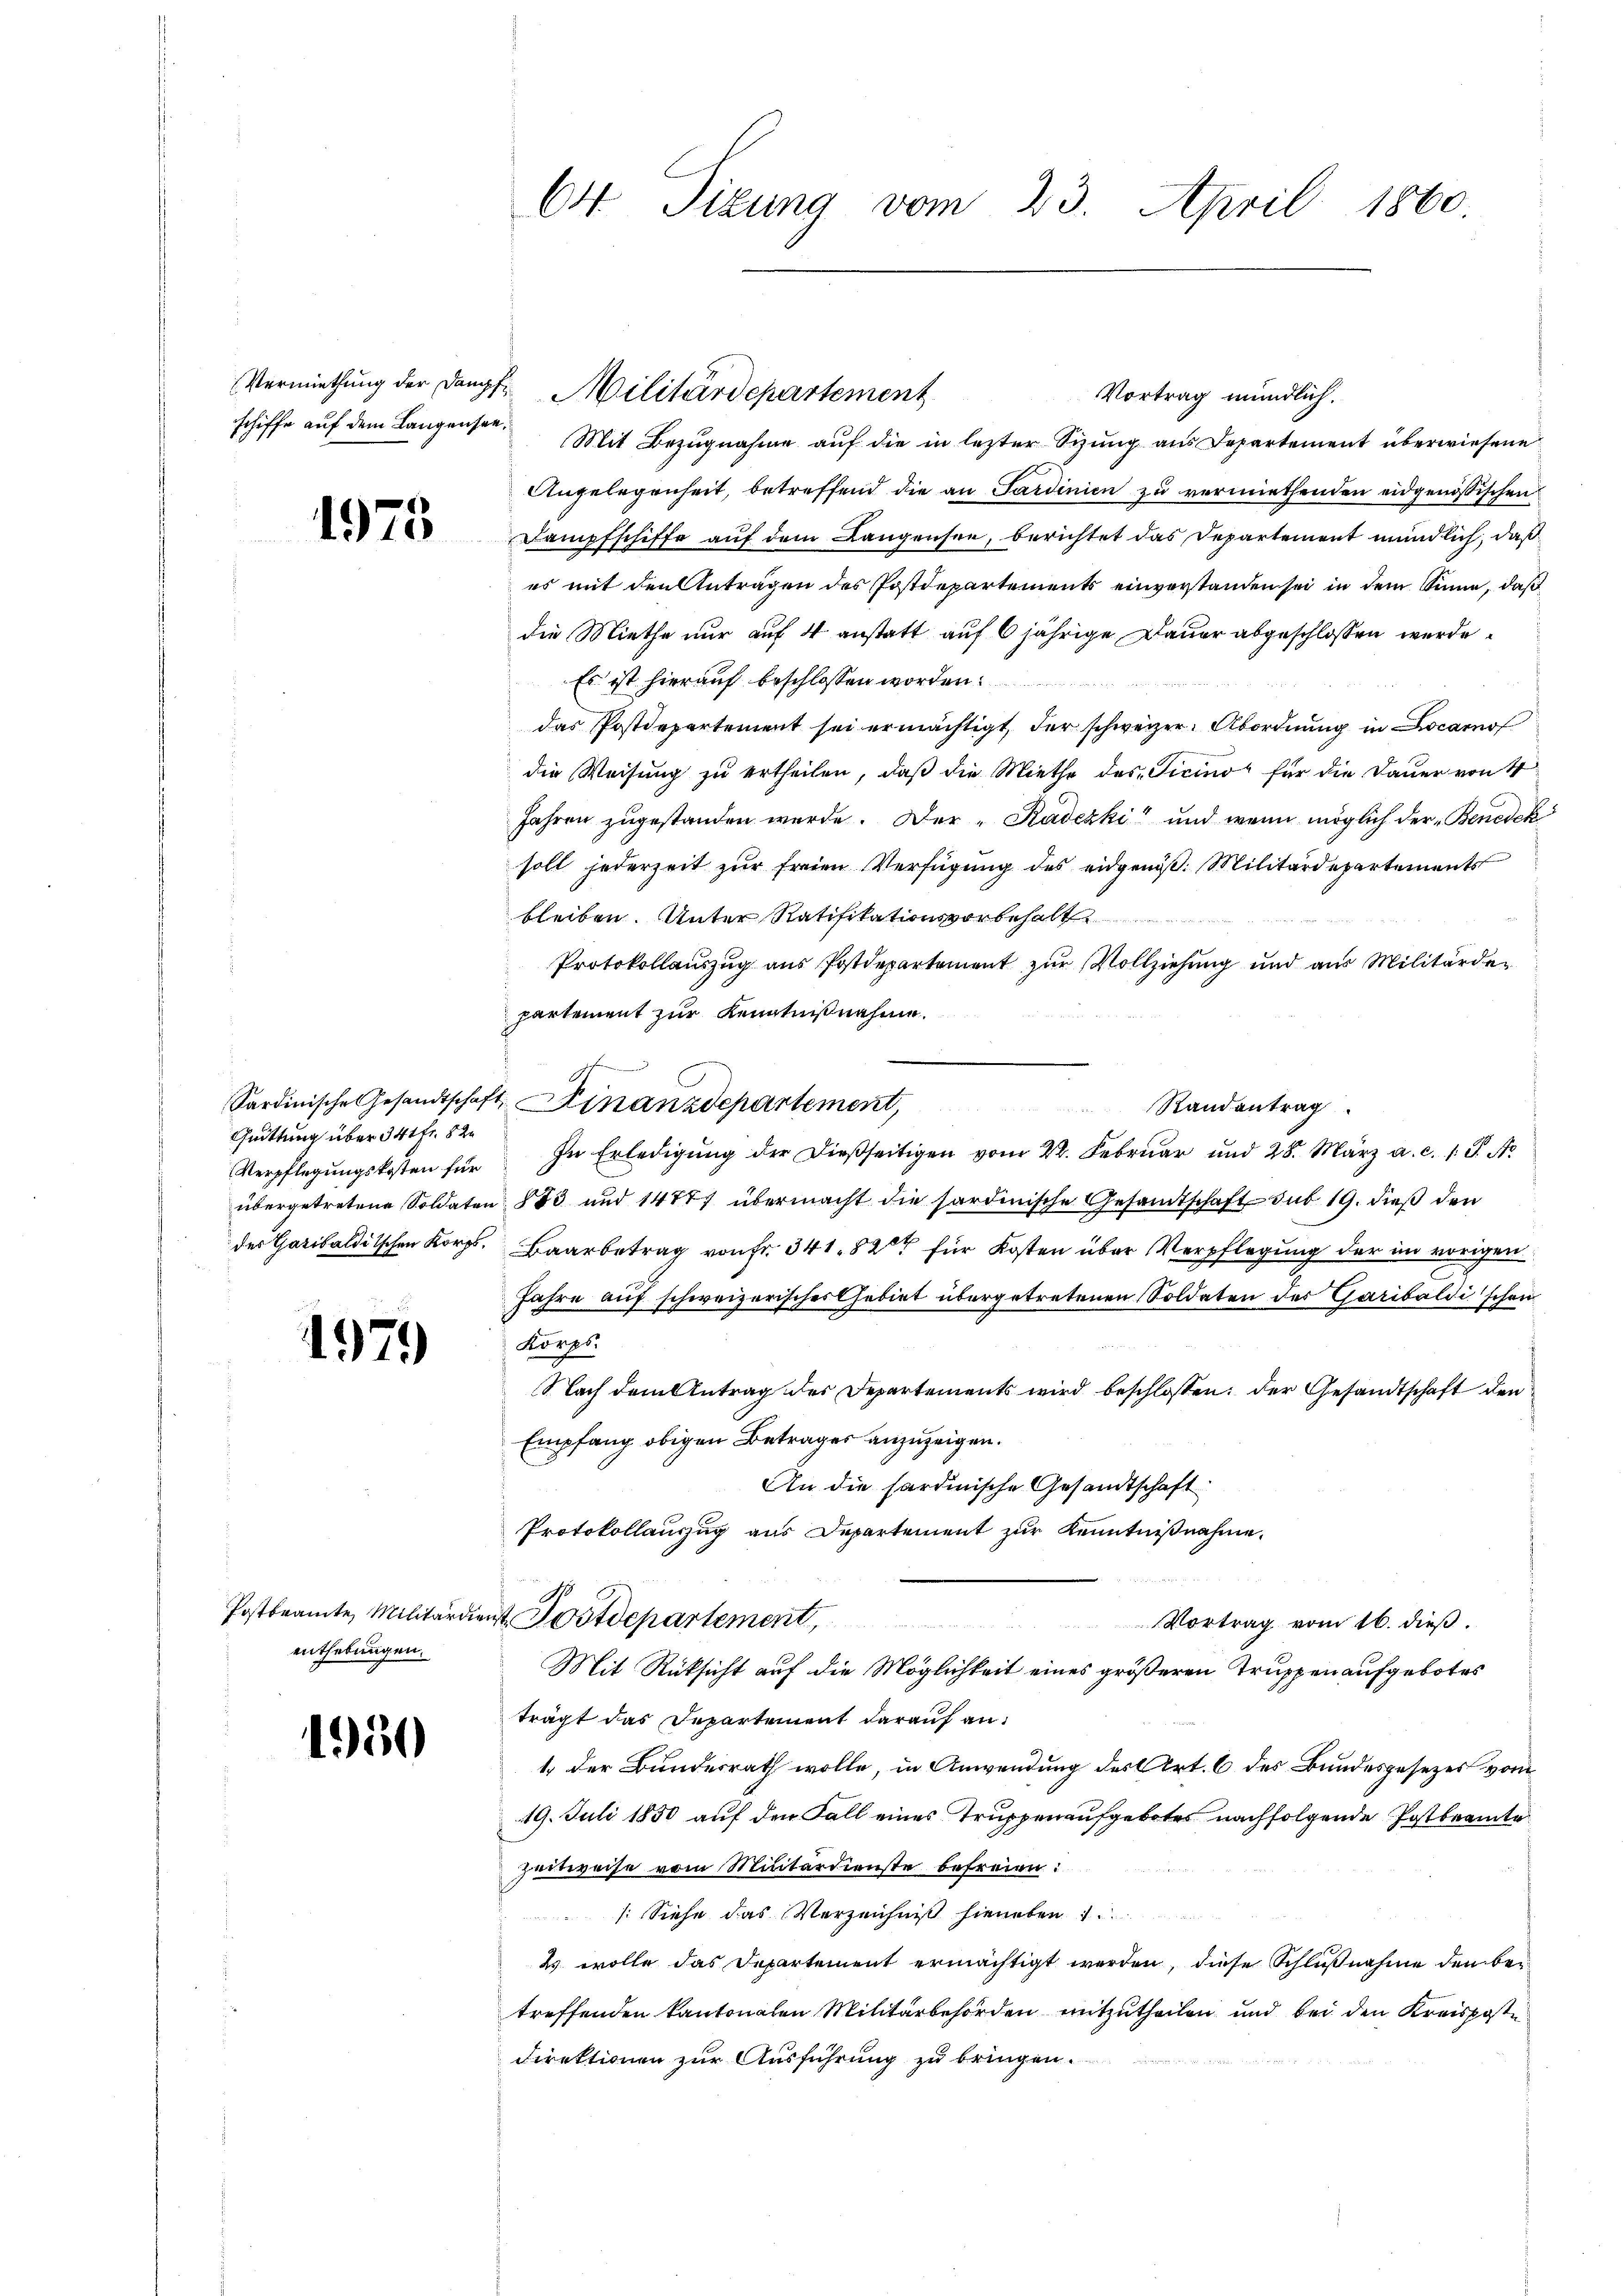
1975

Quittung über 341 fr. 82
Verpflegungskosten für
des Garibalditschen Korps,

4979

Postbeamte Militärdien
enthebungen.

1950

O4 Tizung vom 23. April 1860.

Vortrag mündlich.
schiffe auf dem Langensee. Mit Bezugnahme auf die in lezter Sizung aus Departement überwiesene
Angelegenheit, betreffend die an Sardinien zu vermiethenden eidgenössischen
Dampfschiffe auf dem Langensee, berichtet das Departement mündlich, daß
es mit den Anträgen des Postdepartements einverstanden sei in dem Sinne, daß
die Miethe nur auf 4 anstatt auf 6 jährige Dauer abgeschlossen werde
Es ist hierauf beschlossen worden
das Postdepartement sei ermächtigt, der schweizer Abordnung in Locarno
die Weisung zu ertheilen, daß die Miethe des Ticino“ für die Dauer von 4
Jahren zugestanden werde. Der "Radezki“ und wenn möglich der Benedek
soll jederzeit zur freien Verfügung des eidgenöß. Militärdepartements
bleiben. Unter Ratifikationsvorbehalt
Protokollauszug aus Postdepartement zur Vollziehung und aus Militärdepartement zur Kenntnißnahme.
Sardinische Gesandtschaft Finanzdepartement,

Randantrag
In Erledigung der dießseitigen vom 22. Februar und 28. März a. c. 1 S. A
übergetretene Soldaten § 43 und 14777 übermacht die sardinische Gesandtschaft sub 19. dieß den
Baarbetrag von Fr. 341. 82 für Kosten über Verpflegung der im vorigen
Jahre auf schweizerisches Gebiet übergetretenen Soldaten der Garibaldischen
Korps.
Nach dem Antrag des Departements wird beschlossen; der Gesandtschaft den
Empfang obigen Betrages anzuzeigen.
An die sardinische Gesandtschaft
Protokollauszug aus Departement zur Kenntnißnahme.
4. Postdepartement,
Vortrag vom 16. dieß.
Mit Rüksicht auf die Möglichkeit eines größeren Truppen aufgebotes
trägt das Departement darauf an:
1. der Bundesrath wolle, in Anwendung des Art. 6 des Bundesgesetzes vom
19. Juli 1850 auf den Fall eines Truppenaufgebotes nachfolgende Postbeamte
Zeitweise vom Militärdienste befreien:
: Siehe das Verzeichniß hieneben
2s wolle das Departement ermächtigt werden, diese Schlußnahme den betreffenden Kantonalen Militärbehörden mitzutheilen und bei den Kreisposte
Direktionen zur Ausführung zu bringen.

Vermiethung der Dangt. Militärdepartement